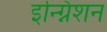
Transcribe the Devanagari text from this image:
इन्ग्निशन